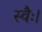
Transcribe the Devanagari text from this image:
स्वैः।